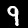
Digit: 9